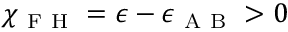
\chi _ { \mathrm { ~ F ~ H ~ } } = \epsilon - \epsilon _ { \mathrm { ~ A ~ B ~ } } > 0